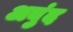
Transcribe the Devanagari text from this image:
अबुंद